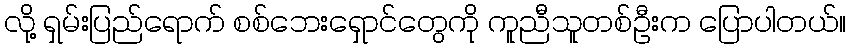
လို့ ရှမ်းပြည်ရောက် စစ်ဘေးရှောင်တွေကို ကူညီသူတစ်ဦးက ပြောပါတယ်။